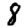
Digit: 8